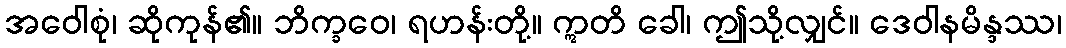
အဝေါစုံ၊ ဆိုကုန်၏။ ဘိက္ခဝေ၊ ရဟန်းတို့။ ဣတိ ခေါ၊ ဤသို့လျှင်။ ဒေဝါနမိန္ဒဿ၊